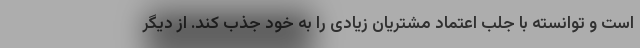
است و توانسته با جلب اعتماد مشتریان زیادی را به خود جذب کند. از دیگر